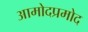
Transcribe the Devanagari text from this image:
आमोदप्रमोद